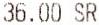
36.00 SR